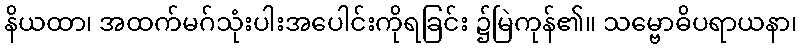
နိယထာ၊ အထက်မဂ်သုံးပါးအပေါင်းကိုရခြင်း ၌မြဲကုန်၏။ သမ္ဗောဓိပရာယနာ၊